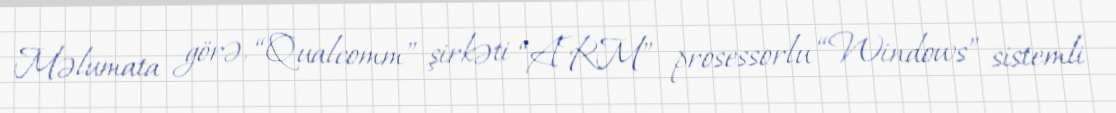
Məlumata görə, “Qualcomm” şirkəti “ARM” prosessorlu “Windows” sistemli